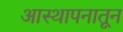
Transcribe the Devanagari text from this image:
आस्थापनातून